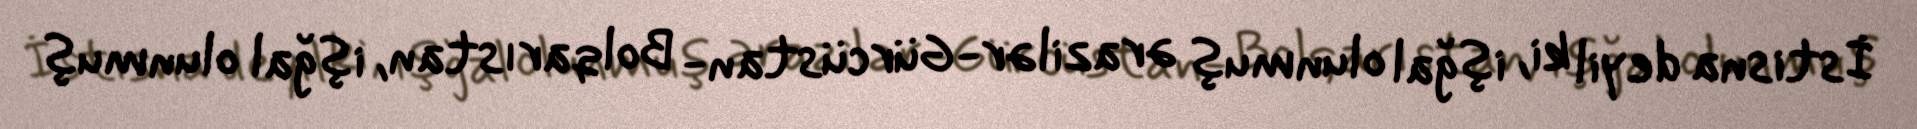
İstisna deyil ki, işğal olunmuş ərazilər-Gürcüstan- Bolqarıstan, işğal olunmuş